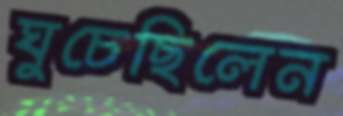
ঘুচেছিলেন